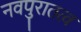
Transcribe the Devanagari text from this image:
नवपुरातत्व